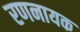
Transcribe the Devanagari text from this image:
रणनायक